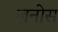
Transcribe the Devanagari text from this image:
ज़नोस